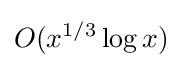
O(x^{1/3}\log x)